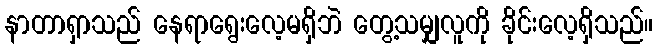
နာတာရှာသည် နေရာရွေးလေ့မရှိဘဲ တွေ့သမျှလူကို ခိုင်းလေ့ရှိသည်။